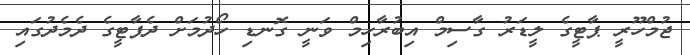
ޖުމްހޫރީ ޕާޓީގެ ލީޑަރު ގާސިމް އިބުރާހިމް ވަނީ ގޮނޑި ހޯދުމަށް ދެޕާޓީގެ ދެމެދުގައި